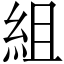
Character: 組